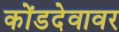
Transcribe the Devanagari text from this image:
कोंडदेवावर